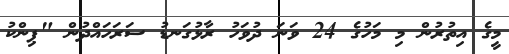
މީގެ އިތުރުން މި މަހުގެ 24 ވަނަ ދުވަހު ރާޅުގަނޑު ސަރަހައްދުން "ޕިންކު